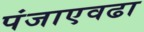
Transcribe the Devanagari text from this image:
पंजाएवढा